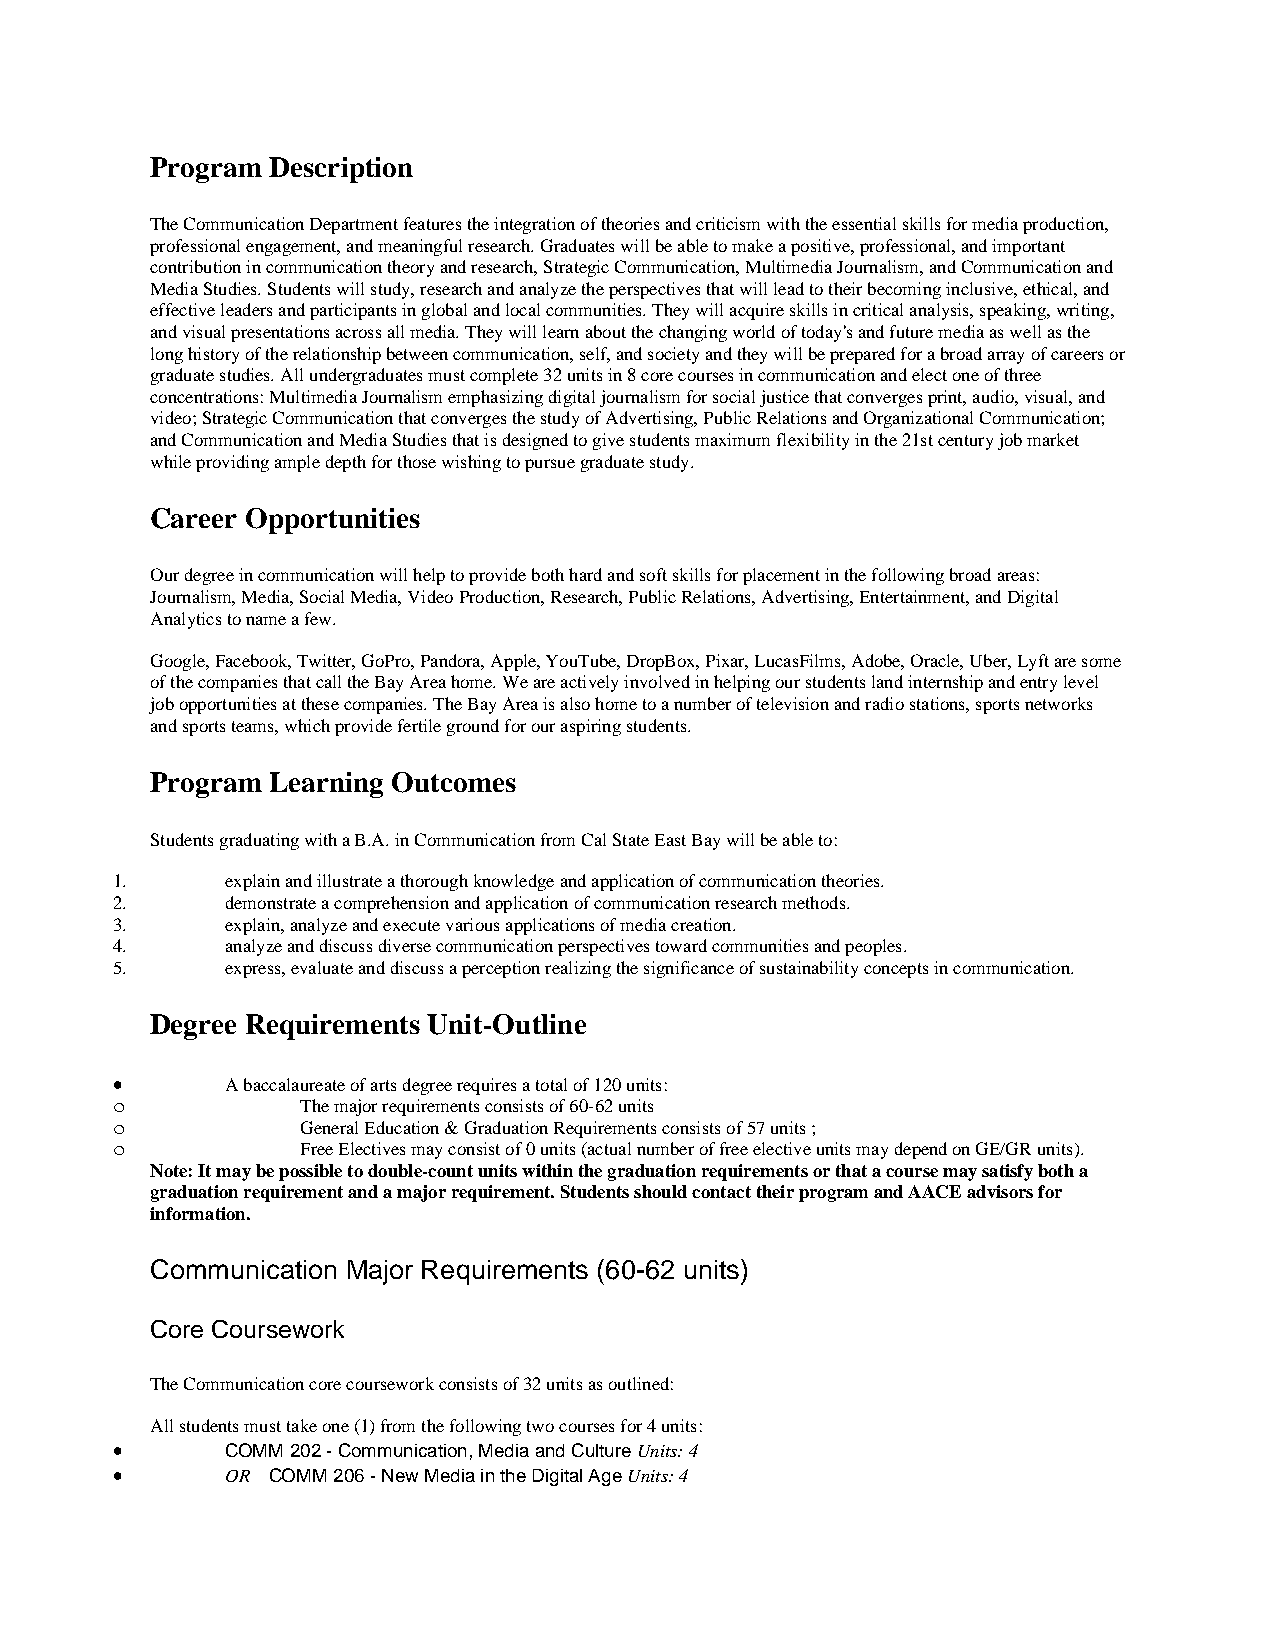
Program Description
 The Communication Department features the integration of theories and criticism with the essential skills for media production,
 professional engagement, and meaningful research. Graduates will be able to make a positive, professional, and important
 contribution in communication theory and research, Strategic Communication, Multimedia Journalism, and Communication and
 Media Studies. Students will study, research and analyze the perspectives that will lead to their becoming inclusive, ethical, and
 effective leaders and participants in global and local communities. They will acquire skills in critical analysis, speaking, writing,
 and visual presentations across all media. They will learn about the changing world of today's and future media as well as the
 long history of the relationship between communication, self, and society and they will be prepared for a broad array of careers or
 graduate studies. All undergraduates must complete 32 units in 8 core courses in communication and elect one of three
 concentrations: Multimedia Journalism emphasizing digital journalism for social justice that converges print, audio, visual, and
 video; Strategic Communication that converges the study of Advertising, Public Relations and Organizational Communication;
 and Communication and Media Studies that is designed to give students maximum flexibility in the 21st century job market
 while providing ample depth for those wishing to pursue graduate study.
 Career Opportunities
 Our degree in communication will help to provide both hard and soft skills for placement in the following broad areas:
 Journalism, Media, Social Media, Video Production, Research, Public Relations, Advertising, Entertainment, and Digital
 Analytics to name a few.
 Google, Facebook, Twitter, GoPro, Pandora, Apple, YouTube, DropBox, Pixar, LucasFilms, Adobe, Oracle, Uber, Lyft are some
 of the companies that call the Bay Area home. We are actively involved in helping our students land internship and entry level
 job opportunities at these companies. The Bay Area is also home to a number of television and radio stations, sports networks
 and sports teams, which provide fertile ground for our aspiring students.
 Program Learning Outcomes
 Students graduating with a B.A. in Communication from Cal State East Bay will be able to:
 1.      explain and illustrate a thorough knowledge and application of communication theories.
 2.      demonstrate a comprehension and application of communication research methods.
 3.      explain, analyze and execute various applications of media creation.
 4.      analyze and discuss diverse communication perspectives toward communities and peoples.
 5.      express, evaluate and discuss a perception realizing the significance of sustainability concepts in communication.
 Degree Requirements Unit-Outline
 •       A baccalaureate of arts degree requires a total of 120 units:
 o            The major requirements consists of 60-62 units
 o            General Education & Graduation Requirements consists of 57 units ;
 o            Free Electives may consist of 0 units (actual number of free elective units may depend on GE/GR units).
 Note: It may be possible to double-count units within the graduation requirements or that a course may satisfy both a
 graduation requirement and a major requirement. Students should contact their program and AACE advisors for
 information.
 Communication Major Requirements (60-62 units)
 Core Coursework
 The Communication core coursework consists of 32 units as outlined:
 All students must take one (1) from the following two courses for 4 units:
 •       COMM 202 - Communication, Media and Culture Units: 4
 •       OR COMM 206 - New Media in the Digital Age Units: 4